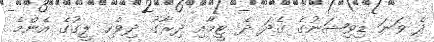
ދެ ވަނަ ޑިވިޝަނުގެ ގެދަ ދެ ޓީމާއި ދިރާގު ދިވެހި ލީގުގެ އެންމެ